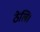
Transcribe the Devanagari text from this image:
ठेलि।